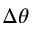
\Delta \theta